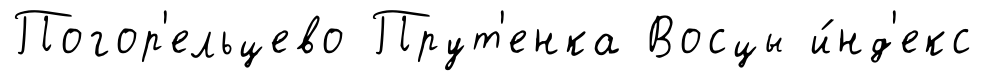
Погор'ельцево Прут'енка Восцы и́нд'екс